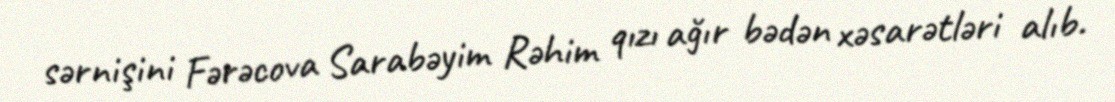
sərnişini Fərəcova Sarabəyim Rəhim qızı ağır bədən xəsarətləri alıb.